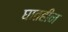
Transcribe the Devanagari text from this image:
घातहीन